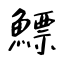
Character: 鰾